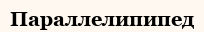
Параллелипипед